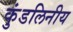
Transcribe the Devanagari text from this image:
कुंडलिनीय